system: You are a helpful assistant.
user:
Analyze the provided spectrum to determine if it is a **Carbon Star (C-type)**.

- **Key Visual Indicators of Carbon Star:**
    - **(Primary):** Strong molecular absorption from **C₂ (diatomic carbon) "Swan Bands."** This is the **defining feature** of a carbon star.
        - **(Key Bandheads):** Sharp absorption edges are visible at approximately $5635$ Å, $5165$ Å (the strongest band), and $4737$ Å.
        - **(Line Profile):** Creates a distinct **"saw-tooth"** pattern. The key morphology is a sharp, steep bandhead on the **red (long-wavelength) side**, which then gradually tapers off (i.e., flux recovers) towards the **blue (short-wavelength) side**. *(This is the direct opposite of the TiO bands seen in M-type stars)*.

    - **(Secondary):** Intense **CN (cyanogen)** molecular absorption bands.
        - **(Key Bandheads):** Located in the blue and violet regions of the spectrum (e.g., near $4215$ Å and $3883$ Å).
        - **(Morphology):** These bands are extremely broad and act as a "blanket," absorbing the vast majority of blue and violet light. This creates a characteristic **"cliff"** or **"steep drop-off"** in the spectrum's flux at short wavelengths.

    - **(Key Confirmation):** Strong **CH absorption band (G-band)**.
        - **(Key Bandhead):** Located around $4300$ Å. The contribution from CH molecules to this band is exceptionally strong.

    - **(Overall Spectrum):**
        - The continuum is severely "chopped up" by these deep molecular bands, especially C₂, rather than appearing as a smooth curve.
        - Due to the heavy CN and C₂ absorption in the blue-green, the vast majority of the star's flux is concentrated in the red part of the spectrum, giving the star its characteristic deep red color.

Think first, call **spectral_visualization_tool** if needed to examine features in detail, then provide your final answer. Your response must adhere to the following strict rules:
1.  **Overall Structure:** Your response must follow the format `<think>...</think> <tool_call>...</tool_call> (if a tool is used) <answer>...</answer>`.
2.  **Tool Usage Constraint:** You may only make **one** tool call per turn.
3.  **Final Answer Format:** In the `<answer>` tag, your conclusion must be inside a `\boxed{}` command (e.g., `\boxed{YES}`), followed by your justification.

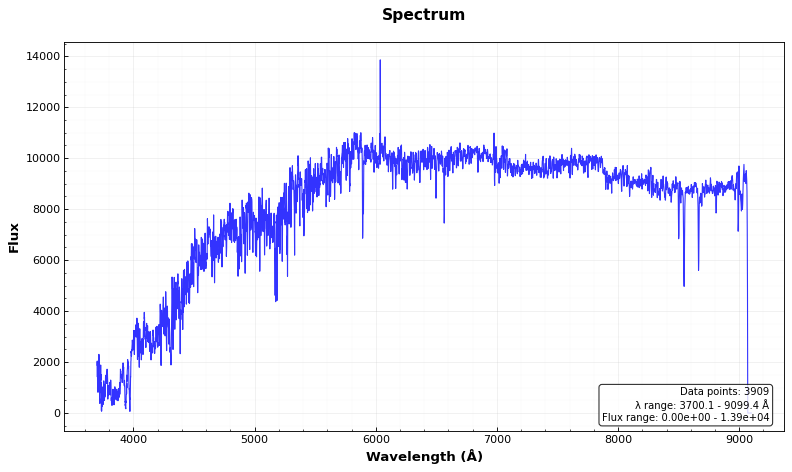
Answer: NO